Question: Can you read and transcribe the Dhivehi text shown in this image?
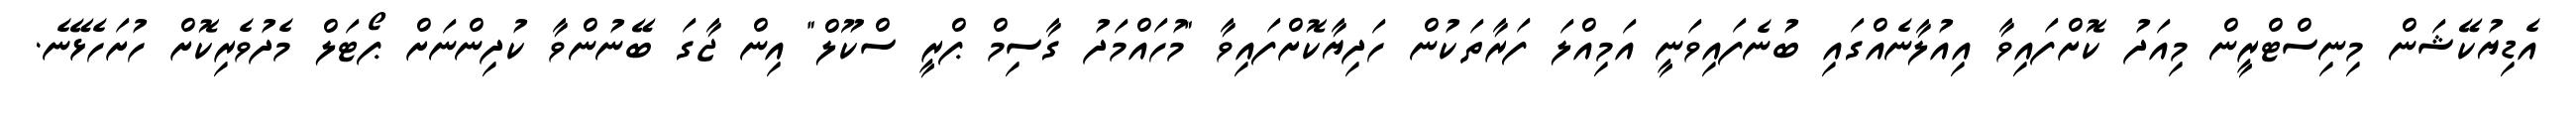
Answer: އެޑިޔުކޭޝަން މިނިސްޓްރީން މިއަދު ކޮށްފައިވާ އިއުލާނެއްގައި ބުނެފައިވަނީ އަމިއްލަ ފަރާތަކުން ހަދިޔާކޮށްފައިވާ "މުހައްމަދު ގާސިމް ޕްރީ ސްކޫލް" އިން ޖާގަ ބޭނުންވާ ކުދިންނަށް ޕޯޓަލް މެދުވެރިކޮށް ހުށަހެޅޭނެ.